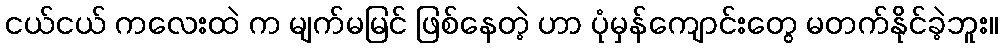
ငယ်ငယ် ကလေးထဲ က မျက်မမြင် ဖြစ်နေတဲ့ ဟာ ပုံမှန်ကျောင်းတွေ မတက်နိုင်ခဲ့ဘူး။